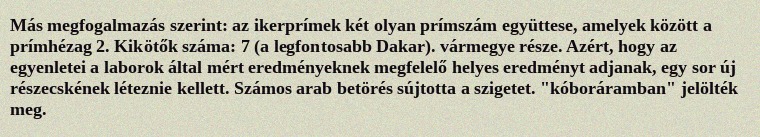
Más megfogalmazás szerint: az ikerprímek két olyan prímszám együttese, amelyek között a prímhézag 2. Kikötők száma: 7 (a legfontosabb Dakar). vármegye része. Azért, hogy az egyenletei a laborok által mért eredményeknek megfelelő helyes eredményt adjanak, egy sor új részecskének léteznie kellett. Számos arab betörés sújtotta a szigetet. "kóboráramban" jelölték meg.